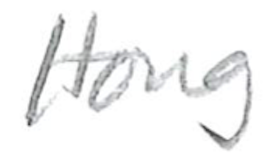
Text: Hong
Cross-out: clean
Writing tool: pencil